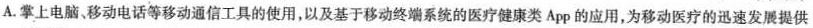
A.掌上电脑、移动电话等移动通信工具的使用，以及基于移动终端系统的医疗健康类App的应用，为移动医疗的迅速发展提供